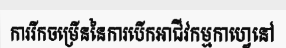
ការរីកចម្រើននៃការបើកអាជីវកម្មកាហ្វេនៅ